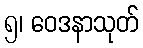
၅၊ ဝေဒနာသုတ်